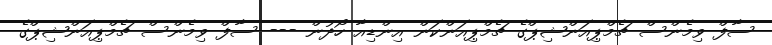
ސާފް ވިމެންސް ޗެމްޕިއަންޝިޕްގެ ޗެމްޕިއަންކަން އިންޑިއާ ހޯދުން --- ސާފް ވިމެންސް ޗެމްޕިއަންޝިޕްގެ